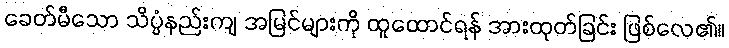
ခေတ်မီသော သိပ္ပံနည်းကျ အမြင်များကို ထူထောင်ရန် အားထုတ်ခြင်း ဖြစ်လေ၏။